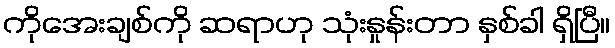
ကိုအေးချစ်ကို ဆရာဟု သုံးနှုန်းတာ နှစ်ခါ ရှိပြီ။